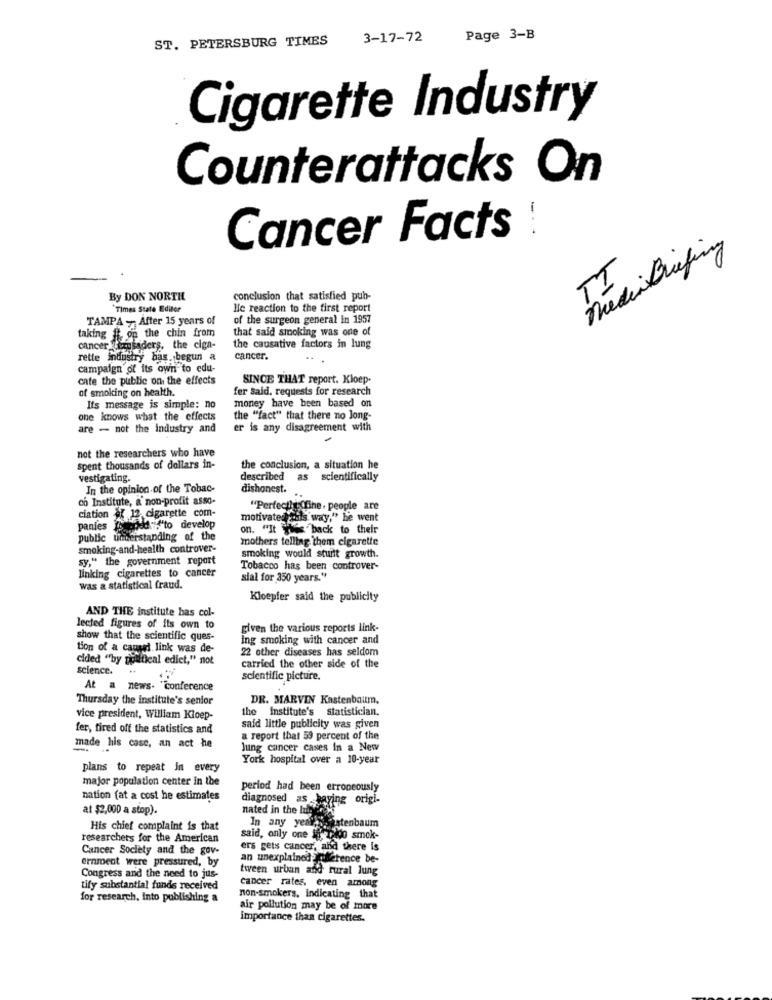
ST. PETERSBURG TIMES
3-17-72
Page 3-B
Cigarette Industry
Counterattacks On
Cancer Facts !
Tedin Buying
TI
By DON NORTH
conclusion that satisfied pub-
*Times State Editor
Hle reaction to the first report
TAMPA - After 15 years of
of the surgeon general in 1957
taking # on the chin from
that said smoking was one of
cancer femsaders, the cign-
the causative factors in lung
rette industry b
ostry bas. begun a
cancer.
campaign of its own to edu-
cate the public on the effects
SINCE THAT report. Kloep.
of smoking on health.
fer Said, requests for research
money have been based on
Its message is simple: no
one knows what the effects
the "fact" that there no Jong-
are - not the industry and
er is any disagreement with
not the researchers who have
spent thousands of dollars in-
the conclusion, a situation he
vestigating.
described as scientifically
In the opinion of the Tobac-
dishonest.
co Institute, a non-profit asso-
"Perfectly fine, people are
ciation of 12 cigarette com-
motivatedrails way," he went
panies Weakd'to develop
on. "It is back to their
public understanding of the
mothers telling them cigarette
smoking-and-health controver-
sy," the government report
smoking would sturit growth.
Tobacco has been controver-
linking cigarettes to cancer
sial for 350 years."
was a statistical fraud.
Kloepfer said the publicity
AND THE institute bas col-
lected figures of its own to
given the various reports link-
show that the scientific ques-
Ing smoking with cancer and
tion of a causal link was de-
22 other diseases has seldom
cided "by political edict," not
science.
carried the other side of the
scientific picture.
At a news- "conference
Thursday the institute's senior
DR. MARVIN Kastenbaum,
the institute's statistician.
vice president, William Kloep-
fer, tired off the statistics and
said little publicity was given
a report that 59 percent of the
made his case, an act he
lung cancer cases In a New
York hospital over a 10-year
plans to repeat in every
major population center in the
period had been erroneously
nation fat a cost he estimates
diagnosed as having origi-
at $2,000 a stop).
nated in the bible
In any year
Sistenbaum
His chief complaint is that
researchers for the American
said, only one je ,400 smok-
Cancer Society and the gov-
ers gets cancer, and there is
ernment were pressured, by
an unexplained. herence be-
tween urban and rural lung
Congress and the need to jus-
cancer rates. even among
tify substantial funds received
for research, Into publishing a
non-smokers, indicating that
air pollution may be of more
Importance than cigarettes.